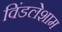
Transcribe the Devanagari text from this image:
विंडलेशाम